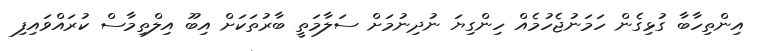
އިންތިހާބާ ގުޅިގެން ހަމަނުޖެހުމެއް ހިންގިޔަ ނުދިނުމަށް ސަލާމަތީ ބާރުތަކަށް އިބޫ އިލްތިމާސް ކުރައްވައިފި